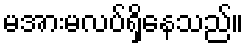
မအားမလပ်ရှိနေသည်။